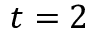
t = 2